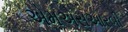
એમએસઆરબી